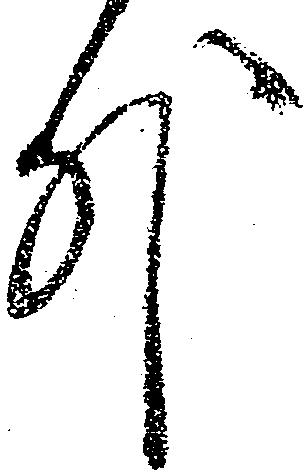
外